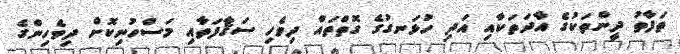
ތަފާތު ދީންތަކުގެ އާދަތަކާއި އަދި ހުޅަނގުގެ ގޮތްތައް ދިވެހި ސަޤާފަތާއި މަސްހުނިކޮށް ދިވެހިންގެ